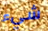
شيء